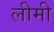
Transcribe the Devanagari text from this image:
लीमी